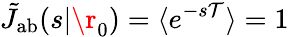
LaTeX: \tilde{J}_{\mathrm{{ab}}}(s|\r_{0})=\langle e^{-s\mathcal{T}}\rangle=1